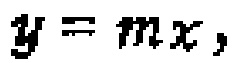
\(y = mx,\)